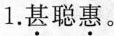
1.甚聪惠。